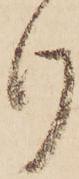
け